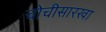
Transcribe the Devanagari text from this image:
चोचीसारखा